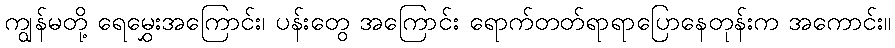
ကျွန်မတို့ ရေမွှေးအကြောင်း၊ ပန်းတွေ အကြောင်း ရောက်တတ်ရာရာပြောနေတုန်းက အကောင်း။